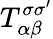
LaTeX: T_{\alpha\beta}^{\sigma\sigma^{\prime}}